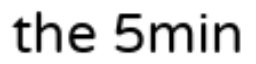
the 5min